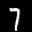
Label: 7